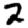
Digit: 2